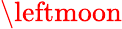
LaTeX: \leftmoon